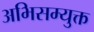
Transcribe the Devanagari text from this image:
अभिसम्युक्त